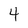
Character: 4